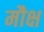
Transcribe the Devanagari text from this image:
मौक्ष